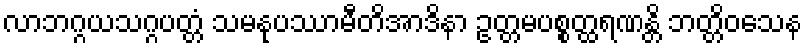
လာဘဂ္ဂယသဂ္ဂပတ္တံ သမနုပဿာမီတိအာဒိနာ ဥတ္တမပစ္စတ္ထရဏန္တိ ဘတ္တိဝသေန